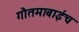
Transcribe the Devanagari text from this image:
गौतमाबाईच